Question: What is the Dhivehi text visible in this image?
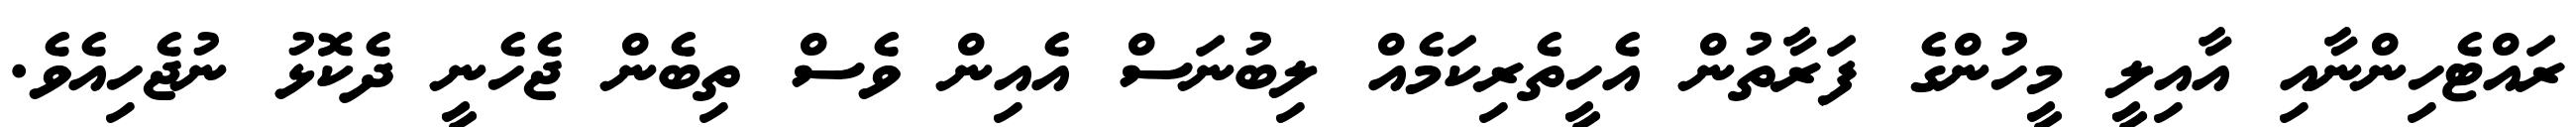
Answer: ރައްޓެހިންނާއި އާއިލީ މީހުންގެ ފަރާތުން އެހީތެރިކަމެއް ލިބުނަސް އެއިން ވެސް ތިބެން ޖެހެނީ ދެކޮޅު ނުޖެހިއެވެ.